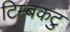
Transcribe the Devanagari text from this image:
टिम्बकटु